Report on plague in the Punjab from October 1st ... to September 30th ..., being the ... season of plague in the province
Disease focus: Plague
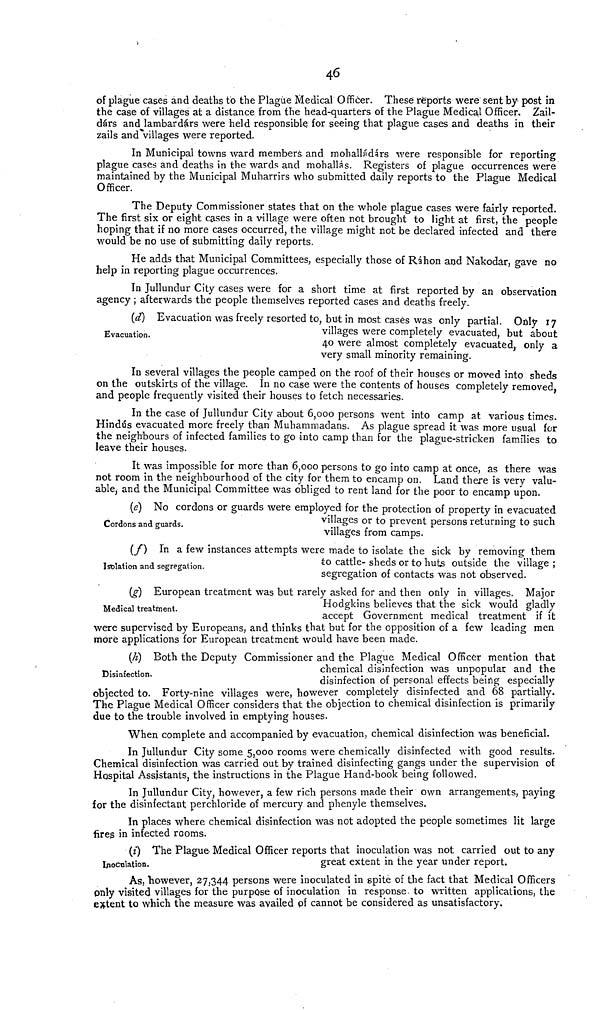
4 6
of plague cases and deaths to the Plague Medical Officer. These reports were sent by post in
the case of villages at a distance from the head-quarters of the Plague Medical Officer. Zail-
dárs and lambardárs were held responsible, for seeing that plague cases and deaths in their
zails and Villages were reported.
In Municipal towns ward members and mohallíídárs were responsible for reporting
plague cases and deaths in the wards and mohallás. Registers of plague occurrences were
maintained by the Municipal Muharrirs who submitted daily reports to the Plague Medical
Officer.
The Deputy Commissioner states that on the whole plague cases were fairly reported.
The first six or eight cases in a village were often not brought to light at first, the people
hoping that if no more cases occurred, the village might not be declared infected and there
would be no use of submitting daily reports.
He adds that Municipal Committees, especially those of Ráhon and Nakodar, gave no
help in reporting plague occurrences.
In Jullundur City cases were for a short time at first reported by an observation
agency ; afterwards the people themselves reported cases and deaths freely.
(d) Evacuation was freely resorted to, but in most cases was only partial. Only 17
Evacuation.
villages were completely evacuated, but about
40 were almost completely evacuated, only a
very small minority remaining.
In several villages the people camped on the roof of their houses or moved into sheds
on the outskirts of the village. In no case were the contents of houses completely removed
and people frequently visited their houses to fetch necessaries.
In the case of Jullundur City about 6,000 persons went into camp at various times.
Hindus evacuated more freely than Muhammadans. As plague spread it was more usual for
the neighbours of infected families to go into camp than for the plague-stricken families to
leave their houses.
It was impossible for more than 6,000 persons to go into camp at once, as there was
not room in the neighbourhood of the city for them to encamp on. Land there is very valu-
able, and the Municipal Committee was obliged to rent land for the poor to encamp upon.
(e) No cordons or guards were employed for the protection of property in evacuated
Cordons and guards.
villages or to prevent persons returning to such
villages from camps.
(f)
In a few instances attempts were made to isolate the sick by removing them
hblatiott and segregation.
to
cattle
-
sheds
or
to
huts
outside the village ;
segregation of contacts was not observed.
(g) European treatment was but rarely asked for and then only in villages. Major
Hodekins believes that the sick would gladly
Medical treatment.
accept Government medical treatment it it
were supervised by Europeans, and thinks that but for the opposition of a few leading men
more applications for European treatment would have been made.
(h) Both the Deputy Commissioner and the Plague Medical Officer mention that
chemical disinfection was unpopular and the
Disinfection.
disinfection of personal effects being especially
objected to. Forty-nine villages were, however completely disinfected and 68 partially.
The Plague Medical Officer considers that the objection to chemical disinfection is primarily
due to the trouble involved in emptying houses.
When complete and accompanied by evacuation, chemical disinfection was beneficial.
In Jullundur City some 5,000 rooms were chemically disinfected with good results.
Chemical disinfection was carried out by trained disinfecting gangs under the supervision of
Hospital Assistants, the instructions in the Plague Hand-book being followed.
In Jullundur City, however, a few rich persons made their own arrangements, paying
for the disinfectant perchloride of mercury and phenyle themselves.
In places where chemical disinfection was not adopted the people sometimes lit large
fires in infected rooms.
(i) The Plague Medical Officer reports that inoculation was not carried out to any
Inoculation.
great extent in the year under report.
As, "however, 27,344 persons were inoculated in spite of the fact that Medical Officers
pnly visited villages for the purpose of inoculation in response, to written applications, the
extent to which the measure was availed of cannot be considered as unsatisfactory.